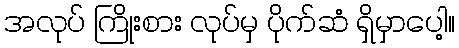
အလုပ် ကြိုးစား လုပ်မှ ပိုက်ဆံ ရှိမှာပေါ့။